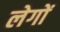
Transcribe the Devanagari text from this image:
लेगों